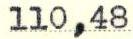
110,48